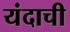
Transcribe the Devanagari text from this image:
यंदाची